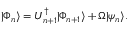
| \Phi _ { n } \rangle = U _ { n + 1 } ^ { \dagger } | \Phi _ { n + 1 } \rangle + \Omega | \psi _ { n } \rangle .